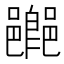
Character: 𨞸